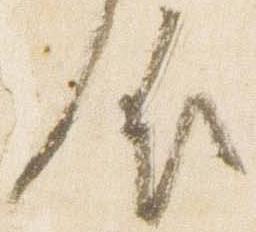
依